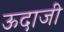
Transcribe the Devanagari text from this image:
ऊदाजी